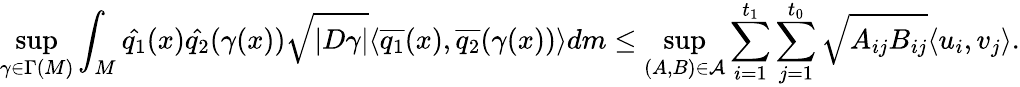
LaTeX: \operatorname*{sup}_{\gamma\in\Gamma(M)}\int_{M}\hat{q_{1}}(x)\hat{q_{2}}(\gamma(x))\sqrt{|D\gamma|}\langle\overline{{q_{1}}}(x),\overline{{q_{2}}}(\gamma(x))\rangle dm\leq\operatorname*{sup}_{(A,B)\in\mathcal{A}}\sum_{i=1}^{t_{1}}\sum_{j=1}^{t_{0}}\sqrt{A_{ij}B_{ij}}\langle u_{i},v_{j}\rangle.